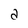
Character: a